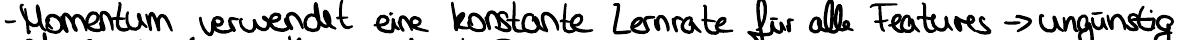
- Momentum verwendet eine konstante Lernrate für alle Features -> ungünstig